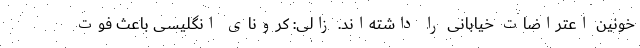
خونین اعتراضات خیابانی را داشته‌اند. زالی: کرونای انگلیسی باعث فوت